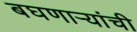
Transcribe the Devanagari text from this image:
बघणाऱ्यांची